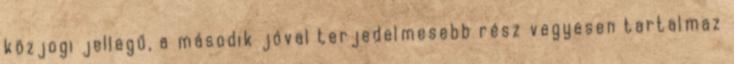
közjogi jellegű, a második jóval terjedelmesebb rész vegyesen tartalmaz